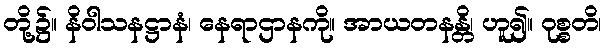
တို့၌။ နိဝါသနဋ္ဌာနံ၊ နေရာဌာနကို။ အာယတနန္တိ၊ ဟူ၍။ ဝုစ္စတိ၊